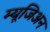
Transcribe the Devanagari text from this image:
म्यूजिअन